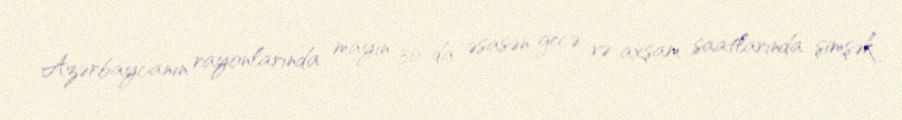
Azərbaycanın rayonlarında mayın 30-da əsasən gecə və axşam saatlarında şimşək